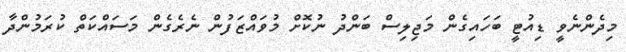
މިދެންނެވީ ޑިއުޓީ ބަހައިގެން މަޖިލިސް ބަންދު ނުކޮށް މުވައްޒަފުން ނެރެގެން މަސައްކަތް ކުރަމުންދާ